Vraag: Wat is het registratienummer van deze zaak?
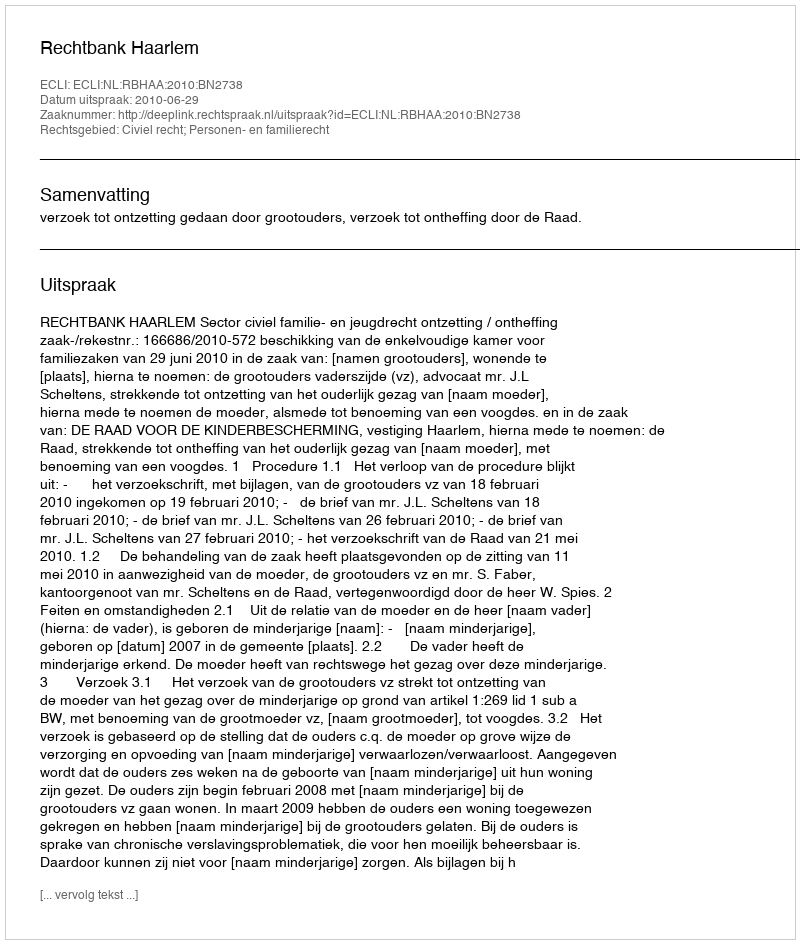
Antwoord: http://deeplink.rechtspraak.nl/uitspraak?id=ECLI:NL:RBHAA:2010:BN2738